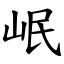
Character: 岷